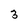
Character: 3